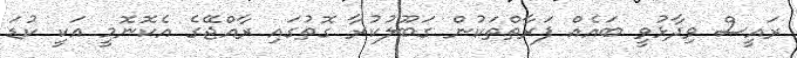
ރައީސް ވިދާޅުވީ ބައެއް ފަރާތްތަކުން ގަބޫލުކުރާ ގޮތުގައި ރާއްޖޭގެ އެކޮނޮމީ އަކީ ކުޑަ